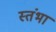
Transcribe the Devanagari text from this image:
स्तंभा